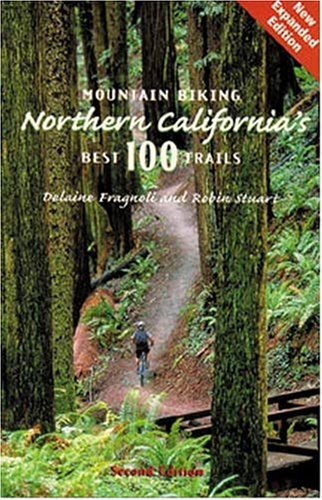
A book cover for Mountain Biking Northern California's Best 100 Trails; Delaine Fragnoli; Travel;